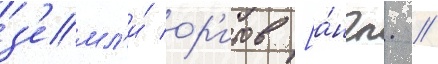
з'емл'и́ ор'итов [а́нгл. //